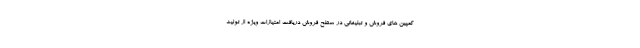
کمپین های فروش و تبلیغاتی در سطح فروش دریافت امتیازات ویژه از تولید